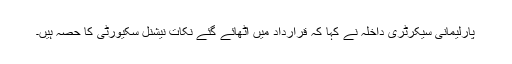
پارلیمانی سیکرٹری داخلہ نے کہا کہ قرارداد میں اٹھائے گئے نکات نیشنل سکیورٹی کا حصہ ہیں۔